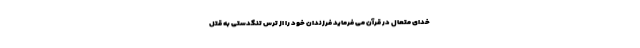
خدای متعال در قرآن می فرماید فرزندان خود را از ترس تنگدستی به قتل